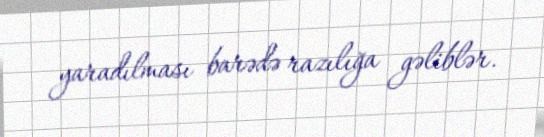
yaradılması barədə razılığa gəliblər.